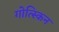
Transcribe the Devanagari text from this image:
गोत्स्किन